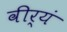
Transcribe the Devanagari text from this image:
वीर्यं